Sanitation, dispensaries and jails vaccination Rajputana 1922-1927 - 1922-1927
Year: 1922
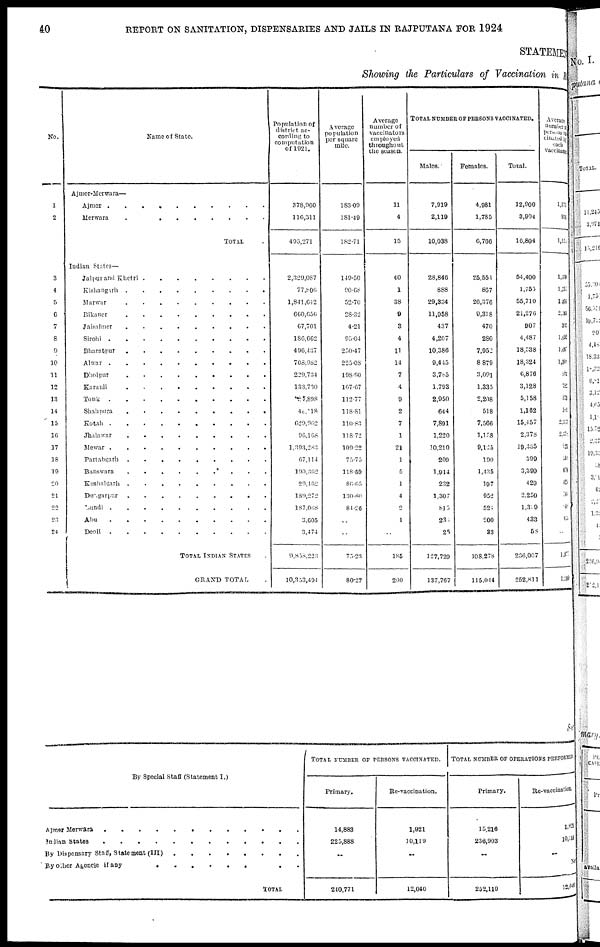
40
REPORT ON SANITATION, DISPENSARIES AND JAILS IN RAJPUTANA FOR 1924
STATEMENT
Showing the Particulars of Vaccination in Private
No.
1
2
3
4
5
6
7
8
9
10
11
12
13
14
15
16
17
18
19
20
21
22
23
24
Name of State.
Ajmer-Merwara—
Ajmer
..........
Merwara .........
TOTAL .
Indian States—
Jaipur and Khetri
........
Kishangarh
.........
Marwar
.........
Bikaner
.........
Jaisalmer
.........
Sirohi
..........
Bharatpur
.........
Alwar
..........
Dholpur
.........
Karauli
.........
Tonk
..........
Shahpura
.........
Kotah
..........
Jhalawar
.........
Mewar
..........
Partabgarh
.........
Banswara
.........
Kushalgarh
.........
Dungarpur
.........
Bundi
..........
Abu
..........
Deoli
..........
TOTAL INDIAN STATES
GRAND TOTAL .
Population of
district ac-
cording to
computation
of 1921.
378,960
116,311
405,271
2,329,087
77,806
1,841,642
660,656
67,701
186,662
496,437
708,982
229,734
133,730
87,898
48,118
629,962
96,168
1,393,283
67,114
190,362
29,462
189,272
187,068
3,605
3,474
9,858,223
10,353,404
Average
population
per square
mile.
183.09
181.40
182.71
149.50
90.68
52.70
28.32
4.21
95.04
250.47
225.08
198.90
107.67
112.77
118.81
110.83
118.72
109.22
75.75
118.59
86.65
130.80
84.26
..
..
75.23
80.27
Average
number of
vaccinators
employed
throughout
the season.
11
4
15
40
1
38
9
3
4
11
14
7
4
9
2
7
1
21
1
5
1
4
2
1
..
185
200
TOTAL NUMBER OF PERSONS VACCINATED.
Males.
7,919
2,119
10,038
28,846
888
29,334
11,958
437
4,207
10,386
9,445
3,785
1,793
2,950
644
7,891
1,220
10,210
209
1,914
232
1,307
815
233
25
127,729
137,767
Females.
4,981
1,785
6,766
25,554
867
20,376
9,318
470
280
7,952
8,879
3,091
1,335
2,208
518
7,566
1,158
9,125
190
1,435
197
952
524
200
33
108,278
115,044
Total.
12,900
3,904
16,804
54,400
1,755
55,710
21,276
907
4,487
18,338
18,324
6,876
3,128
5,158
1,162
15,457
2,378
19,335
399
3,399
429
2,259
1,339
433
58
236,007
252,811
Average
number of
persons vac¬
cinated by
each
vaccinator.
1,173
976
1,127
1,300
1,755
1,466
2,364
302
1,052
1,667
1,308
982
782
573
581
2,317
2,378
921
399
679
429
564
161
433
..
1,275
1,260
STATE
By Special Staff (Statement I.)
Ajmer Merwara ............
Indian States ............
By Dispensary staff, Statement(III) ........
By other Agencie if any
.........
TOTAL
TOTAL NUMBER OF PERSONS VACCINATED.
Primary.
14,883
225,888
..
240,771
Re-vaccination.
1,921
10,119
..
12,040
TOTAL NUMBER OF OPERATIONS PERFORMED.
Primary.
15,216
236,903
..
252,119
Re-vaccination.
1,921
10,119
..
Not
12,040